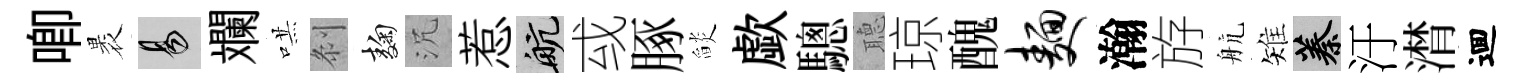
唧褁易斕哄𠛴麹沉惹航㦯䐁𦦨歔驄𦗟琼醜面瀚斿航雉蓁汙潸逥